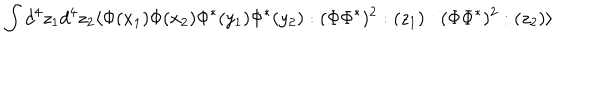
\int d ^ { 4 } z _ { 1 } d ^ { 4 } z _ { 2 } \langle \Phi ( x _ { 1 } ) \Phi ( x _ { 2 } ) \Phi ^ { * } ( y _ { 1 } ) \Phi ^ { * } ( y _ { 2 } ) : ( \Phi \Phi ^ { * } ) ^ { 2 } : ( z _ { 1 } ) : ( \Phi \Phi ^ { * } ) ^ { 2 } : ( z _ { 2 } ) \rangle